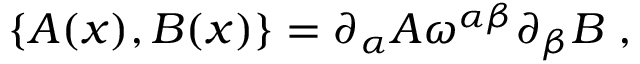
\{ A ( x ) , B ( x ) \} = \partial _ { \alpha } A \omega ^ { \alpha \beta } \partial _ { \beta } B \; ,